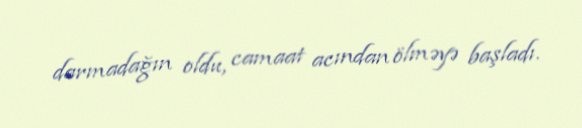
darmadağın oldu, camaat acından ölməyə başladı.